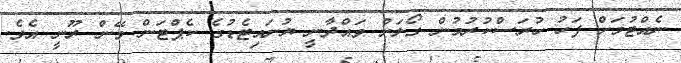
ނެއްޓުމަށް ފަހު ހުރަސްކުރުމުން ގޯލަށް ވައްދާނީ ޔުނައިޓެޑުގެ ކެޕްޓަން ވޭން ރޫނީ އެވެ.